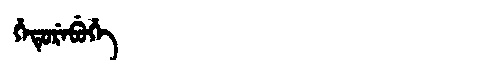
Manchu: ᡥᡝᡨᡠᡵᡝᠪᡠᡥᡝ
Romanization: HETUREBUHE